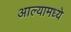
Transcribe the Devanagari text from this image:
आल्यामध्ये